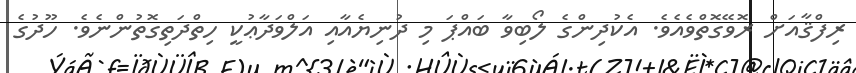
ރިފްޤާއަށް ރޮވޭގޮތްވެއެވެ. އެކުދިންގެ ލޯބިވާ ބައްޕަ މި ދުނިޔެއާއި އަލްވަދާޢުކީ ހިތްދަތިގޮތުންނެވެ. ހޫދުގެ